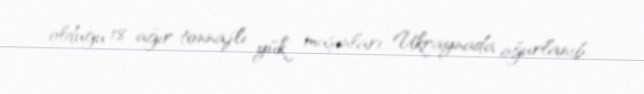
olduğu 18 ağır tonnajlı yük maşınları Ukraynada oğurlanıb.